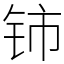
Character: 铈